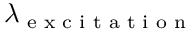
\lambda _ { \textrm { e x c i t a t i o n } }